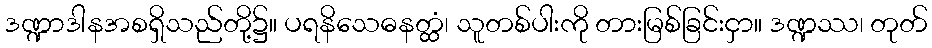
ဒဏ္ဍာဒါနအစရှိသည်တို့၌။ ပရနိသေဓနတ္ထံ၊ သူတစ်ပါးကို တားမြစ်ခြင်းငှာ။ ဒဏ္ဍဿ၊ တုတ်